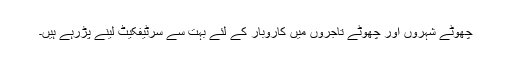
چھوٹے شہروں اور چھوٹے تاجروں میں کاروبار کے لئے بہت سے سرٹیفکیٹ لینے پڑرہے ہیں۔